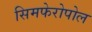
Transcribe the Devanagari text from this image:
सिमफेरोपोल